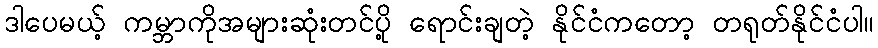
ဒါပေမယ့် ကမ္ဘာကိုအများဆုံးတင်ပို့ ရောင်းချတဲ့ နိုင်ငံကတော့ တရုတ်နိုင်ငံပါ။